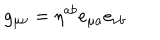
g _ { \mu \nu } = \eta ^ { a b } e _ { \mu a } e _ { \nu b }